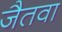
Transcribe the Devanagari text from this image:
जैतवा